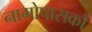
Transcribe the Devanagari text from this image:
नामोपासकों